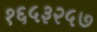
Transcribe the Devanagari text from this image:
१६५३२५७